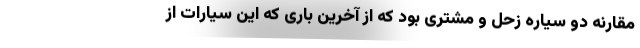
مقارنه دو سیاره زحل و مشتری بود که از آخرین باری که این سیارات از